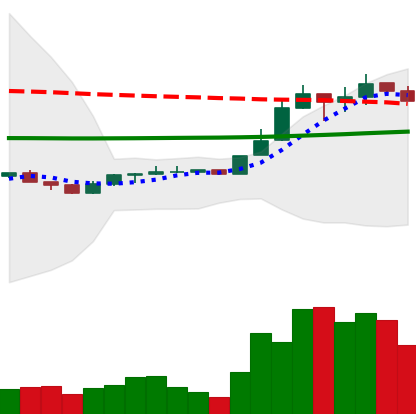
Ticker: LINK-USD
Chart end date: 2020-04-14
Forward return: 12.378%
Label: up_7plus